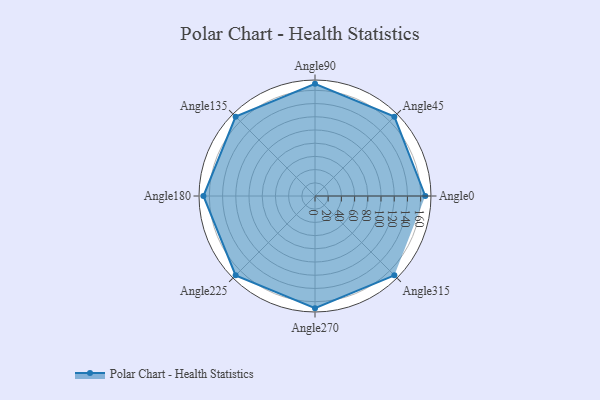
{"axis": {"x": "Angle", "y": "Radius"}, "legend": [""], "data": [{"x": "Angle0", "y": 167.0, "type": ""}, {"x": "Angle45", "y": 170, "type": ""}, {"x": "Angle90", "y": 170, "type": ""}, {"x": "Angle135", "y": 170, "type": ""}, {"x": "Angle180", "y": 169.0, "type": ""}, {"x": "Angle225", "y": 170, "type": ""}, {"x": "Angle270", "y": 170, "type": ""}, {"x": "Angle315", "y": 170, "type": ""}]}